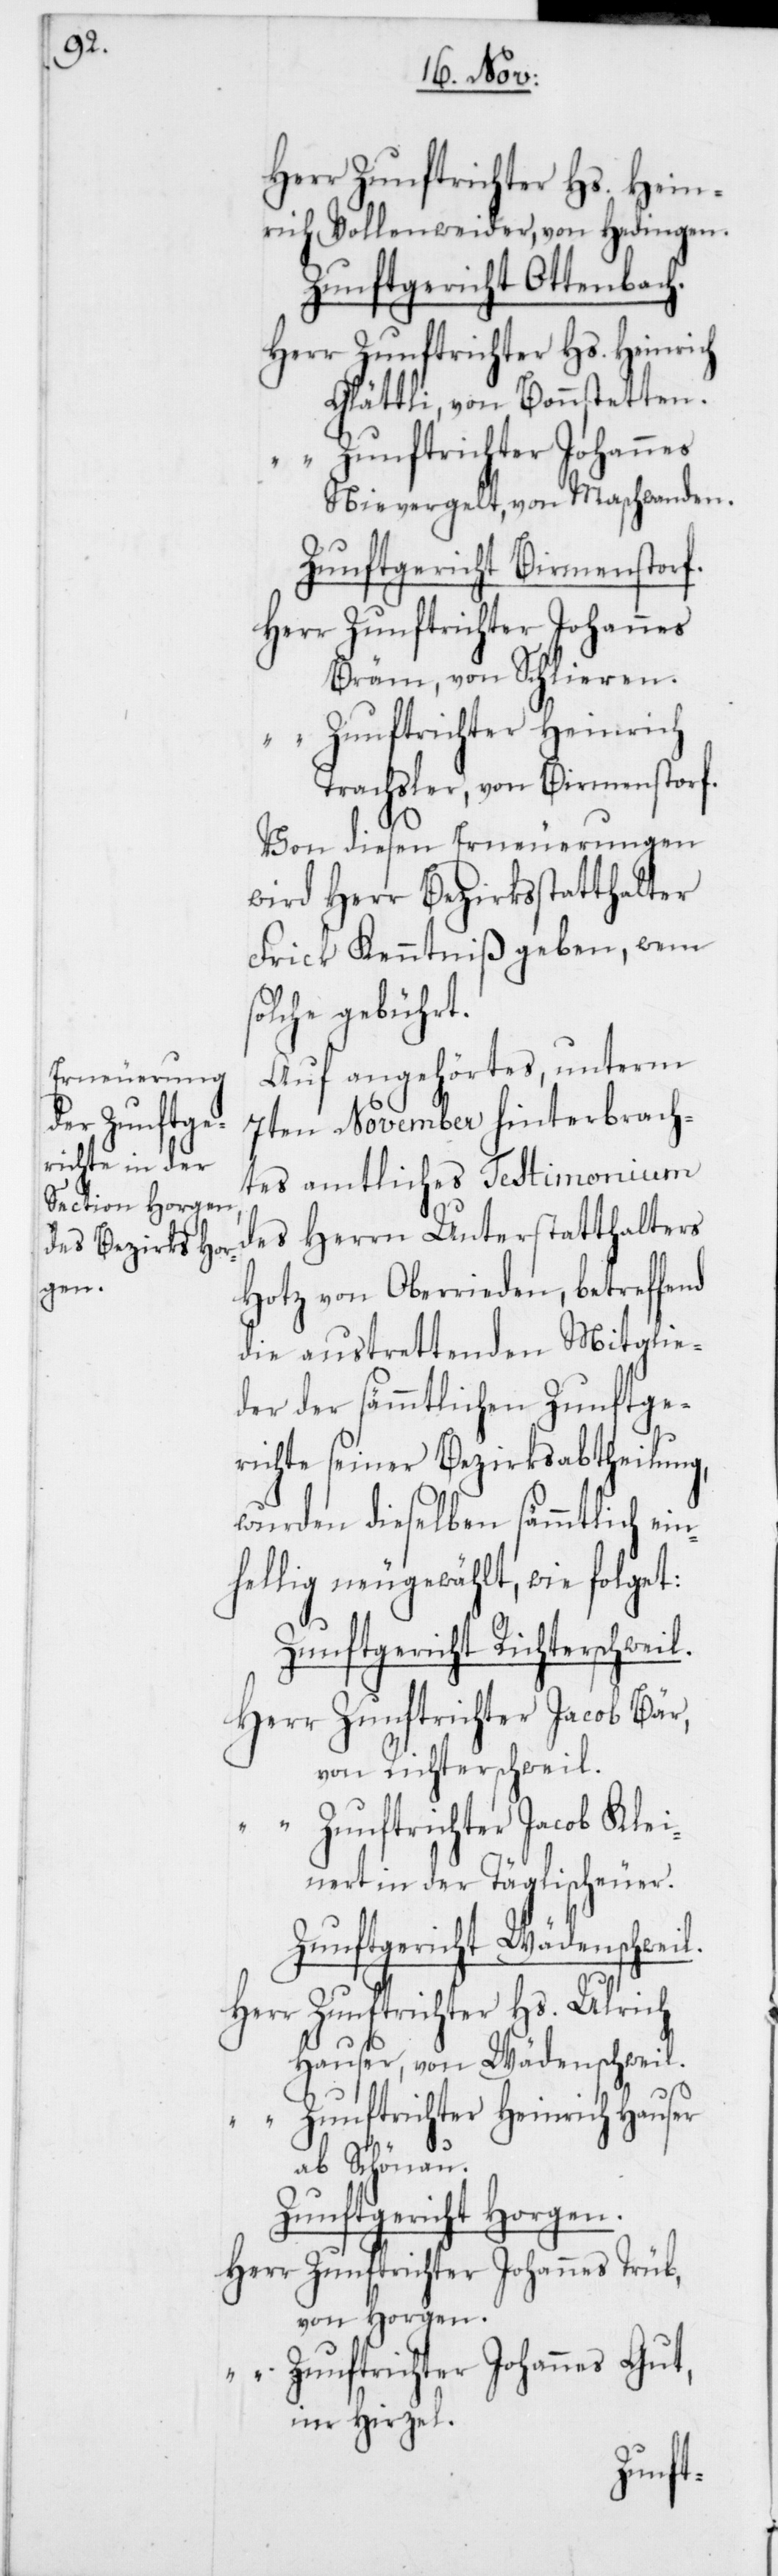
Herr Zunftrichter Hs. Hein¬
rich Vollenweider, von Hedingen.
Zunftgericht Ottenbach.
Herr Zunftrichter Hs. Heinrich
Glättli, von Bonnstetten.
“ Zunftrichter Johannes
Nievergelt, von Maschwanden.
Zunftgericht Birmensdorf.
Herr Zunftrichter Johannes
Bräm, von Schlieren.
“ Zunftrichter Heinrich
Trachsler, von Birmensdorf.
Von diesen Erneuerungen
wird Herr Bezirksstatthalter
Frick Kenntniß geben, wem
solche gebührt.
Auf angehörtes, unterm
7ten November hinterbrach¬
tes amtliches Testimonium
des Herrn Unterstatthalters
Hotz von Oberrieden, betreffend
die austrettenden Mitglie¬
der der sämmtlichen Zunftge¬
richte seiner Bezirksabtheilung,
wurden dieselben sämmtlich ein¬
hellig neugewählt, wie folget:
Zunftgericht Richterschweil.
Herr Zunftrichter Jacob Bär,
von Richterschweil.
Zunftrichter Jacob Klei¬
nert in der Täglischeuer.
Zunftgericht Wädenschweil.
Herr Zunftrichter Hs. Ulrich
Hauser, von Wädenschweil.
“ Zunftrichter Heinrich Hauser
ab Schönau.
Zunftgericht Horgen.
Herr Zunftrichter Johannes Trüb,
von Horgen.
“ Zunftrichter Johannes Gut,
im Hirzel.